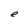
Character: e